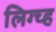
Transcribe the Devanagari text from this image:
लिग्च्ह